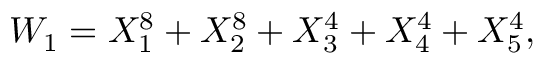
W _ { 1 } = X _ { 1 } ^ { 8 } + X _ { 2 } ^ { 8 } + X _ { 3 } ^ { 4 } + X _ { 4 } ^ { 4 } + X _ { 5 } ^ { 4 } ,